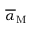
\overline { { \alpha } } _ { \mathrm { M } } ^ { }